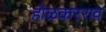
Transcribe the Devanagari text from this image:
होळकरराव